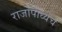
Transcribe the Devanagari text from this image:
राजोपाध्येच